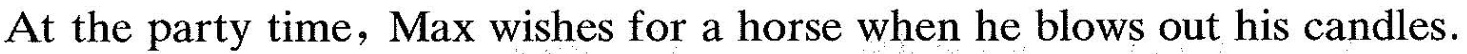
At the party time, Max wishes for a horse when he blows out his candles.